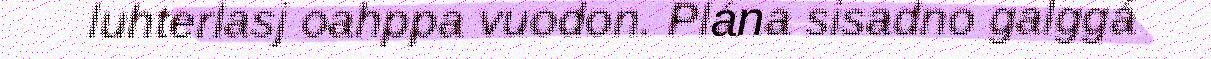
luhterlasj oahppa vuodon. Plána sisadno galggá